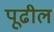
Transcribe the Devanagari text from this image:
पूढील